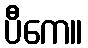
ပီကေ။